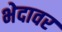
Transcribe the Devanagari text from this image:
भेदावर